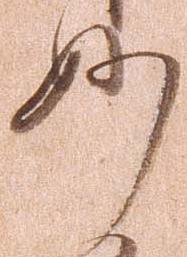
妙